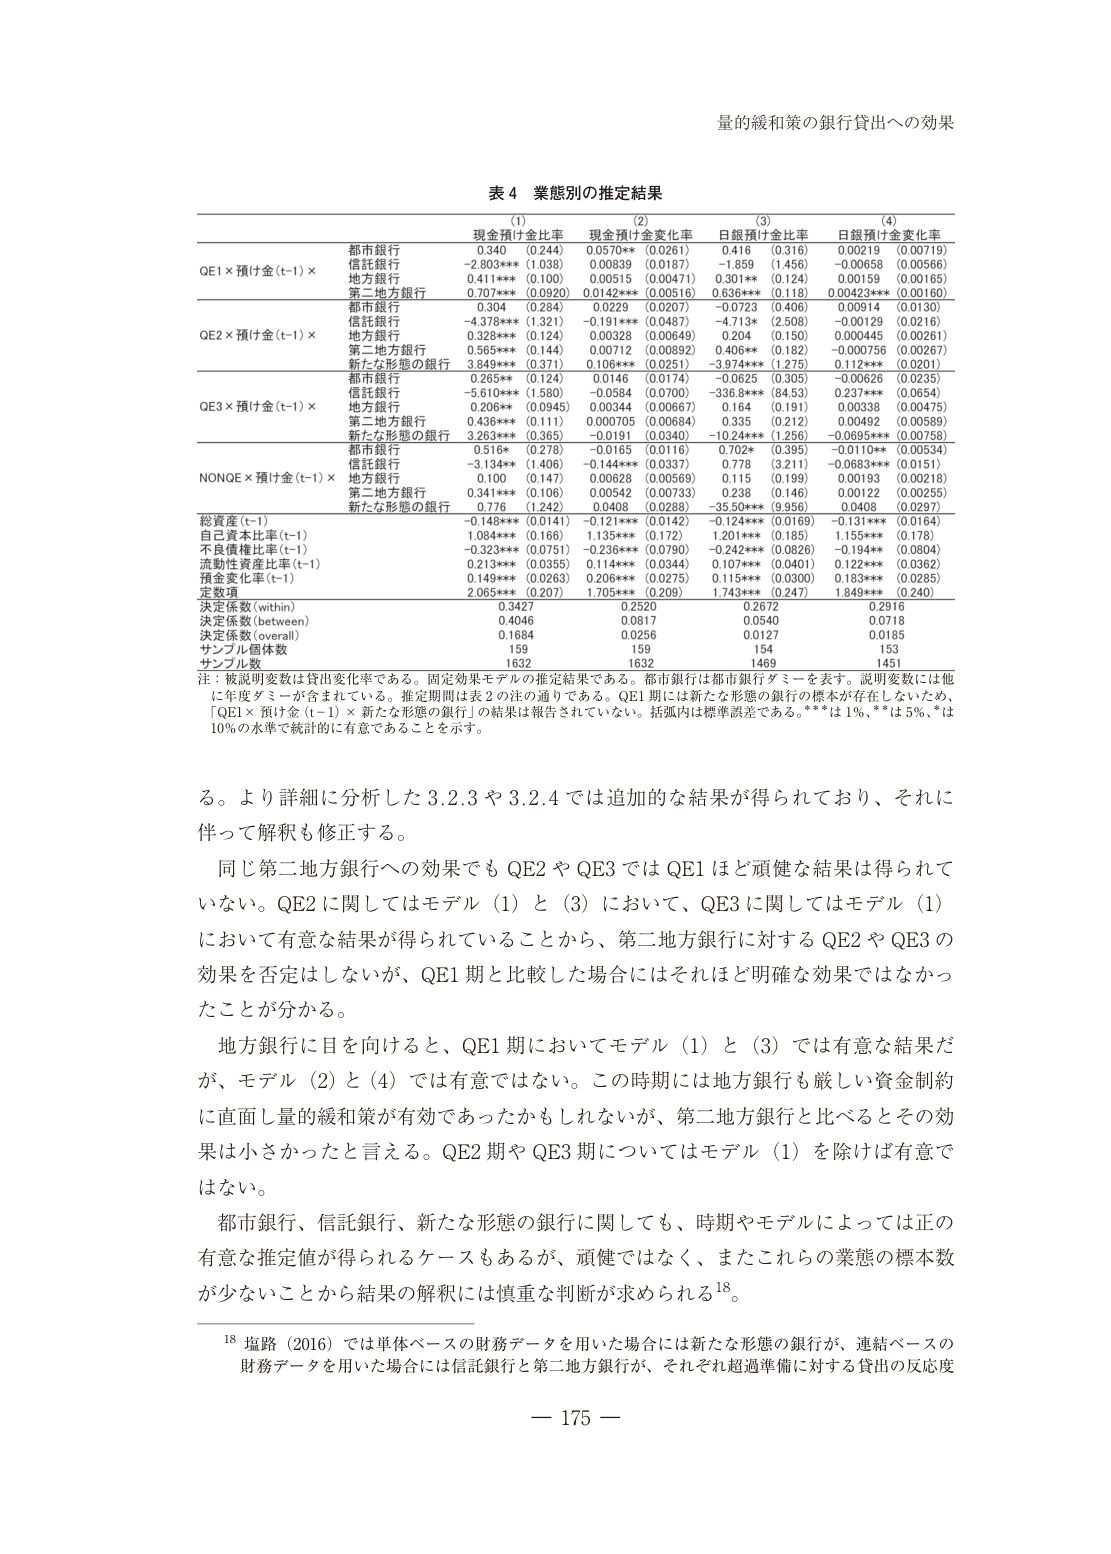
量的緩和策の銀行貸出への効果

表４ 業態別の推定結果

(1) 現金預け金比率
(2) 現金預け金変化率
(3) 日銀預け金比率
(4) 日銀預け金変化率

QE1 × 預け金(t-1) ×
都市銀行 0.340 (0.244) 0.0570** (0.0261) 0.416 (0.316) 0.00219 (0.00719)
信託銀行 -2.803*** (1.038) 0.00839 (0.0187) -1.859 (1.456) -0.00658 (0.00566)
地方銀行 0.411*** (0.100) 0.00515 (0.00471) 0.301** (0.124) 0.00159 (0.00165)
第二地方銀行 0.707*** (0.0920) 0.0142*** (0.00516) 0.636*** (0.118) 0.00423*** (0.00160)

QE2 × 預け金(t-1) ×
都市銀行 0.304 (0.284) 0.0229 (0.0207) -0.0723 (0.406) 0.00914 (0.0130)
信託銀行 -4.378*** (1.321) -0.191*** (0.0487) -4.713* (2.508) -0.00129 (0.0216)
地方銀行 0.328*** (0.124) 0.00328 (0.00649) 0.204 (0.150) 0.000445 (0.00261)
第二地方銀行 0.565*** (0.144) 0.00712 (0.00892) 0.406** (0.162) -0.000756 (0.00267)
新たな形態の銀行 3.949*** (0.371) 0.106*** (0.0251) -3.974*** (1.275) 0.112*** (0.0201)

QE3 × 預け金(t-1) ×
都市銀行 0.265** (0.124) 0.0146 (0.0174) -0.0625 (0.305) -0.00626 (0.0235)
信託銀行 -5.610*** (1.580) -0.0584 (0.0700) -336.8*** (84.53) 0.237*** (0.0654)
地方銀行 0.206** (0.0945) 0.00344 (0.00667) 0.164 (0.191) 0.00338 (0.00475)
第二地方銀行 0.436*** (0.111) 0.000705 (0.00684) 0.335 (0.212) 0.00492 (0.00589)
新たな形態の銀行 3.263*** (0.365) -0.0191 (0.0340) -10.24*** (1.256) -0.0695*** (0.00758)

NONQE × 預け金(t-1) ×
都市銀行 0.516* (0.278) -0.0165 (0.0116) 0.702* (0.395) -0.0110** (0.00534)
信託銀行 -3.134** (1.406) -0.144*** (0.0337) 0.778 (3.211) -0.0683*** (0.0151)
地方銀行 0.100 (0.147) 0.00628 (0.00569) 0.115 (0.199) 0.00193 (0.00218)
第二地方銀行 0.341*** (0.106) 0.00542 (0.00733) 0.238 (0.146) 0.00122 (0.00255)
新たな形態の銀行 0.776 (1.242) 0.0408 (0.0288) -35.50*** (9.956) 0.0408 (0.0297)

総資産(t-1) -0.148*** (0.0141) -0.121*** (0.0142) -0.124*** (0.0169) -0.131*** (0.0164)
自己資本比率(t-1) 1.084*** (0.166) 1.135*** (0.172) 1.201*** (0.185) 1.155*** (0.178)
不良債権比率(t-1) -0.323*** (0.0751) -0.236*** (0.0790) -0.242*** (0.0826) -0.194*** (0.0804)
流動性資産比率(t-1) 0.213*** (0.0355) 0.114*** (0.0344) 0.107*** (0.0401) 0.122*** (0.0362)
預金変化率(t-1) 0.149*** (0.0263) 0.206*** (0.0275) 0.115*** (0.0300) 0.183*** (0.0285)
定数項 2.065*** (0.207) 1.705*** (0.209) 1.743*** (0.247) 1.849*** (0.240)

決定係数(within) 0.3427 0.2520 0.2672 0.2916
決定係数(between) 0.4046 0.0817 0.0540 0.0718
決定係数(overall) 0.1684 0.0256 0.0127 0.0185
サンプル個体数 159 159 159 154
サンプル数 1632 1632 1469 1451

注：被説明変数は貸出変化率である。固定効果モデルの推定結果である。都市銀行は都市銀行ダミーを表す。説明変数には他に年度ダミーが含まれている。推定期間は表2の注の通りである。QE1期には新たな形態の銀行の標本が存在しないため、「QE1×預け金(t-1)×新たな形態の銀行」の結果は報告されていない。括弧内は標準誤差である。***は1%、**は5%、*は10%の水準で統計的に有意であることを示す。

る。より詳細に分析した3.2.3や3.2.4では追加的な結果が得られており、それに伴って解釈も修正する。

同じ第二地方銀行への効果でもQE2やQE3ではQE1ほど頑健な結果は得られていない。QE2に関してはモデル（1）と（3）において、QE3に関してはモデル（1）において有意な結果が得られていることから、第二地方銀行に対するQE2やQE3の効果を否定はしないが、QE1期と比較した場合にはそれほど明確な効果ではなかったことが分かる。

地方銀行に目を向けると、QE1期においてモデル（1）と（3）では有意な結果だが、モデル（2）と（4）では有意ではない。この時期には地方銀行も厳しい資金制約に直面し量的緩和策が有効であったかもしれないが、第二地方銀行と比べるとその効果は小さかったと言える。QE2期やQE3期についてはモデル（1）を除けば有意ではない。

都市銀行、信託銀行、新たな形態の銀行に関しても、時期やモデルによっては正の有意な推定値が得られるケースもあるが、頑健ではなく、またこれらの業態の標本数が少ないことから結果の解釈には慎重な判断が求められる18。

18 塩路（2016）では単体ベースの財務データを用いた場合には新たな形態の銀行が、連結ベースの財務データを用いた場合には信託銀行と第二地方銀行が、それぞれ超過準備に対する貸出の反応度

— 175 —